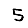
Digit: 5